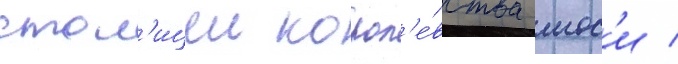
стол'ицеи корол'е́вства мос'и /